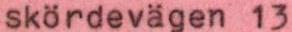
skördevägen 13